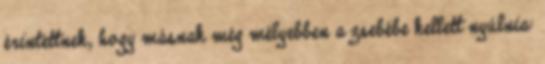
érintettnek, hogy másnak még mélyebben a zsebébe kellett nyúlnia: